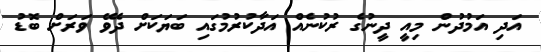
އަދި އަމުދުން މިއީ ދީނުގެ ރުކުނެއް އަދާކުރުމުގައި ބަޔަކަށް ދެވޭ ވަރަށް ބޮޑު